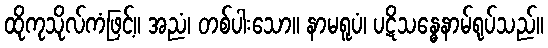
ထိုကုသိုလ်ကံဖြင့်။ အညံ၊ တစ်ပါးသော။ နာမရူပံ၊ ပဋိသန္ဓေနာမ်ရုပ်သည်။